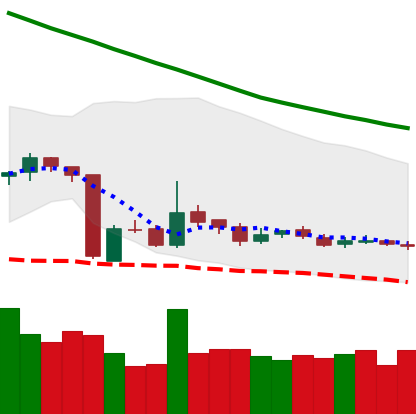
Ticker: LTC-USD
Chart end date: 2018-10-26
Forward return: -5.101%
Label: down_5_7